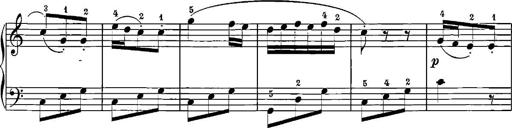
Title: 12 Sonatinas
Composer: Ignaz Pleyel